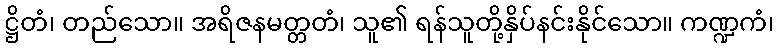
ဋ္ဌိတံ၊ တည်သော။ အရိဇနမတ္တတံ၊ သူ၏ ရန်သူတို့နှိပ်နင်းနိုင်သော။ ကဏ္ဍကံ၊